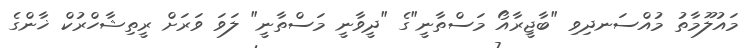
މައުލޫމާތު މުއްސަނދިވި "ބާޖީރާއޯ މަސްތާނީ"ގެ "ދީވާނީ މަސްތާނީ" ލަވަ ވަރަށް ރީތިޝާހްރުކް ޚާންގެ